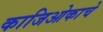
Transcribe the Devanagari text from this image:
काजिओकाचे